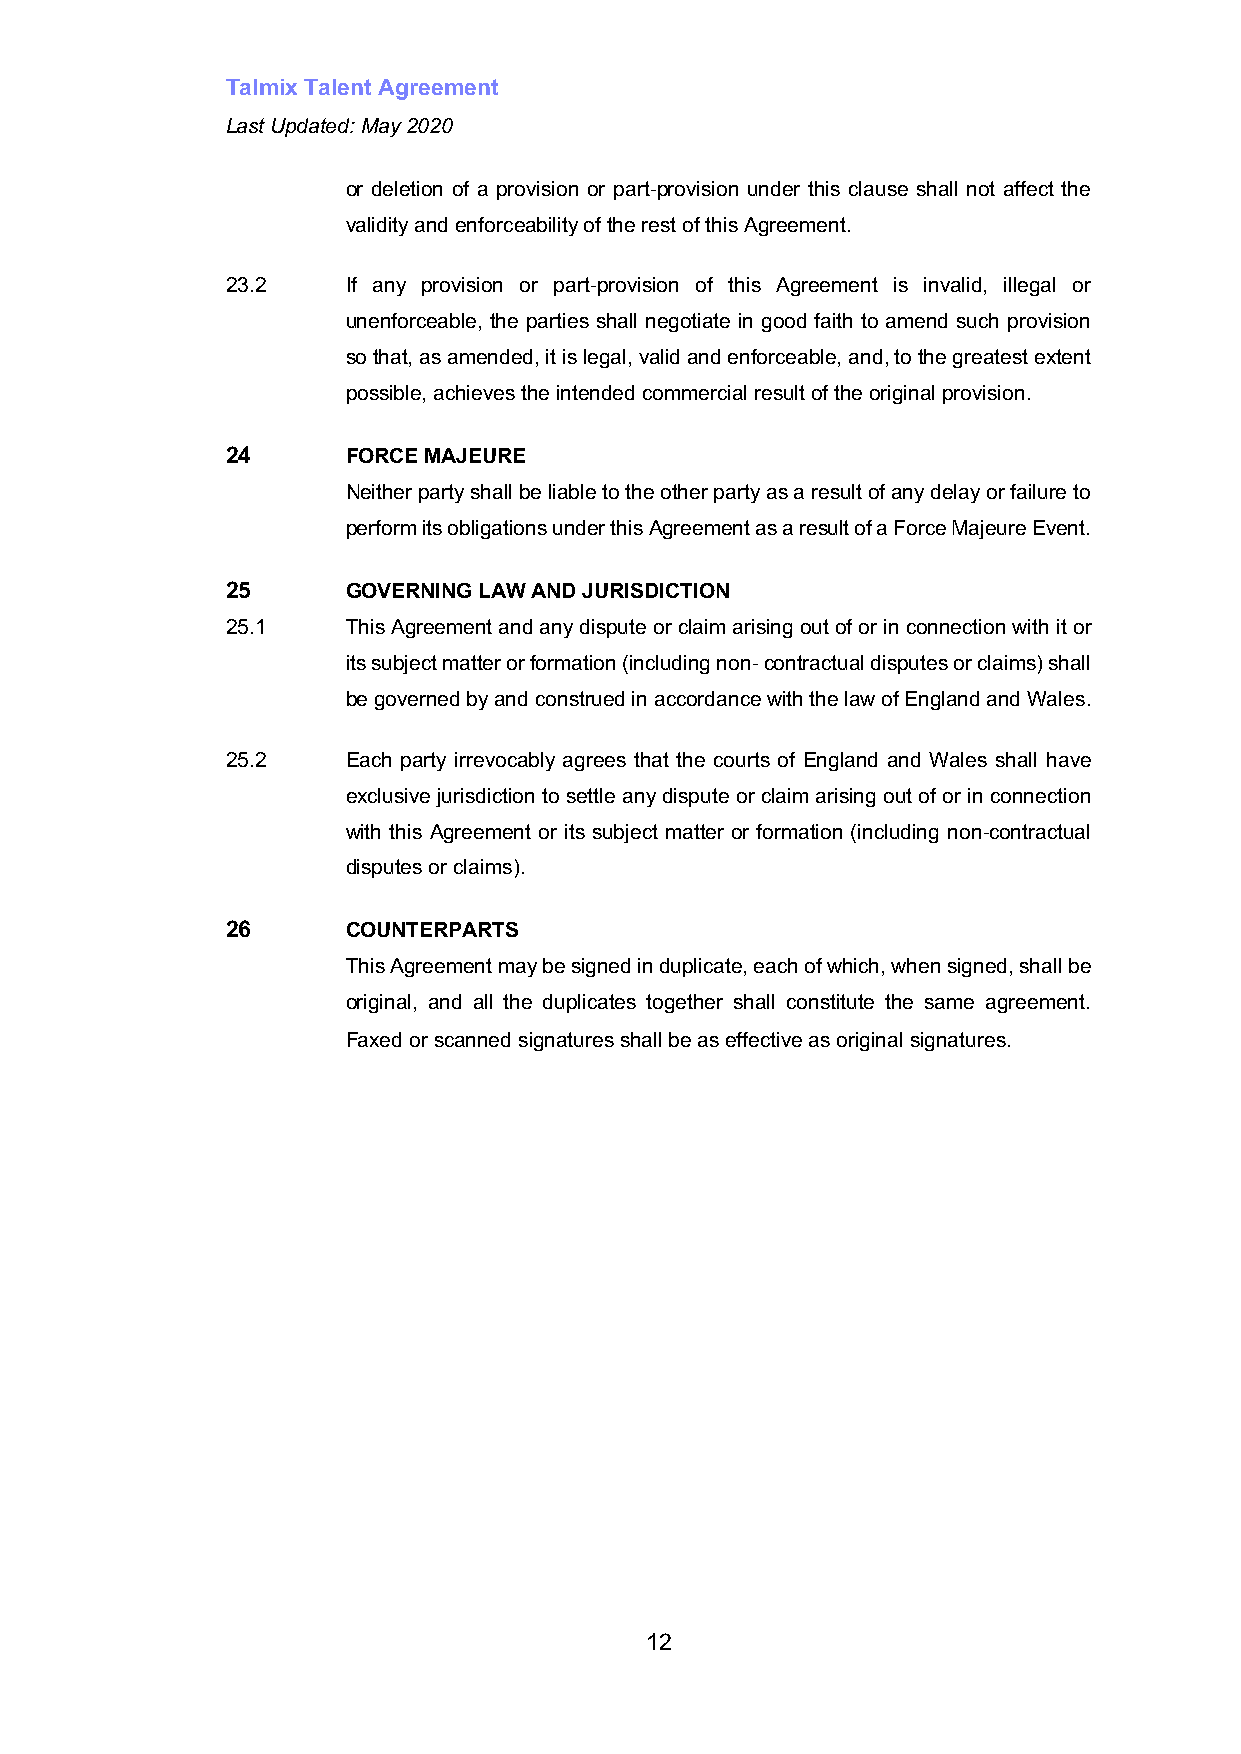
Talmix Talent Agreement
 Last Updated: May 2020
 or deletion of a provision or part-provision under this clause shall not affect the
 validity and enforceability of the rest of this Agreement.
 23.2    If any provision or part-provision of this Agreement is invalid, illegal or
 unenforceable, the parties shall negotiate in good faith to amend such provision
 so that, as amended, it is legal, valid and enforceable, and, to the greatest extent
 possible, achieves the intended commercial result of the original provision.
 24      FORCE MAJEURE
 Neither party shall be liable to the other party as a result of any delay or failure to
 perform its obligations under this Agreement as a result of a Force Majeure Event.
 25      GOVERNING LAW AND JURISDICTION
 25.1    This Agreement and any dispute or claim arising out of or in connection with it or
 its subject matter or formation (including non- contractual disputes or claims) shall
 be governed by and construed in accordance with the law of England and Wales.
 25.2    Each party irrevocably agrees that the courts of England and Wales shall have
 exclusive jurisdiction to settle any dispute or claim arising out of or in connection
 with this Agreement or its subject matter or formation (including non-contractual
 disputes or claims).
 26      COUNTERPARTS
 This Agreement may be signed in duplicate, each of which, when signed, shall be
 original, and all the duplicates together shall constitute the same agreement.
 Faxed or scanned signatures shall be as effective as original signatures.
 12